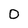
Character: 0